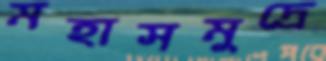
মহাসমুদ্রে